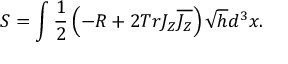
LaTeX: S = \int \frac { 1 } { 2 } \left( - { \cal R } + 2 T r { \cal J } _ { Z } \overline { { { { \cal J } _ { Z } } } } \right) \sqrt { h } d ^ { 3 } x .